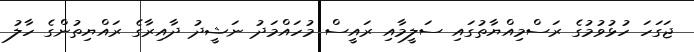
ޖަގަހަ ހުޅުވުމުގެ ރަސްމިއްޔާތުގައި ސަލީމާއި ރައީސް މުހައްމަދު ނަޝީދު ދާއިރާގެ ރައްޔިތުންގެ ހާލު